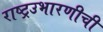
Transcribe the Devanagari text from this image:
राष्ट्रउभारणीची